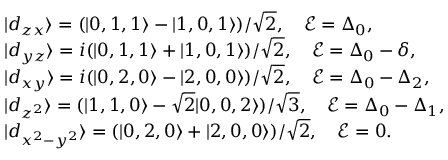
\begin{array} { r l } & { | d _ { z x } \rangle = ( | 0 , 1 , 1 \rangle - | 1 , 0 , 1 \rangle ) / \sqrt { 2 } , \quad \mathcal { E } = \Delta _ { 0 } , } \\ & { | d _ { y z } \rangle = i ( | 0 , 1 , 1 \rangle + | 1 , 0 , 1 \rangle ) / \sqrt { 2 } , \quad \mathcal { E } = \Delta _ { 0 } - \delta , } \\ & { | d _ { x y } \rangle = i ( | 0 , 2 , 0 \rangle - | 2 , 0 , 0 \rangle ) / \sqrt { 2 } , \quad \mathcal { E } = \Delta _ { 0 } - \Delta _ { 2 } , } \\ & { | d _ { z ^ { 2 } } \rangle = ( | 1 , 1 , 0 \rangle - \sqrt { 2 } | 0 , 0 , 2 \rangle ) / \sqrt { 3 } , \quad \mathcal { E } = \Delta _ { 0 } - \Delta _ { 1 } , } \\ & { | d _ { x ^ { 2 } - y ^ { 2 } } \rangle = ( | 0 , 2 , 0 \rangle + | 2 , 0 , 0 \rangle ) / \sqrt { 2 } , \quad \mathcal { E } = 0 . } \end{array}